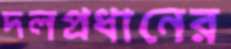
দলপ্রধানের